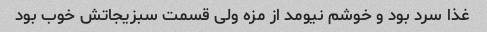
غذا سرد بود و خوشم نیومد از مزه ولی قسمت سبزیجاتش خوب بود